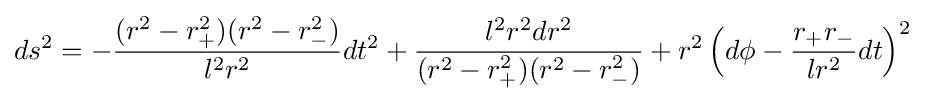
ds^{2}=-{\frac {(r^{2}-r_{+}^{2})(r^{2}-r_{-}^{2})}{l^{2}r^{2}}}dt^{2}+{\frac {l^{2}r^{2}dr^{2}}{(r^{2}-r_{+}^{2})(r^{2}-r_{-}^{2})}}+r^{2}\left(d\phi -{\frac {r_{+}r_{-}}{lr^{2}}}dt\right)^{2}